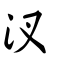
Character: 汊